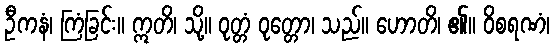
ဦကနံ၊ ကြံခြင်း။ ဣတိ၊ သို့။ ဝုတ္တံ ဝုတ္တော၊ သည်။ ဟောတိ၊ ၏။ ဝိစရဏံ၊